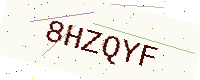
Text: 8HZQYF